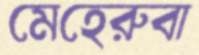
মেহেরুবা